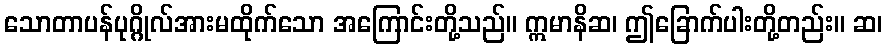
သောတာပန်ပုဂ္ဂိုလ်အားမထိုက်သော အကြောင်းတို့သည်။ ဣမာနိဆ၊ ဤခြောက်ပါးတို့တည်း။ ဆ၊